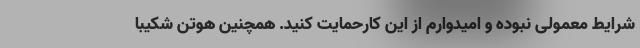
شرایط معمولی نبوده و امیدوارم از این کارحمایت کنید. همچنین هوتن شکیبا